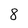
Character: 8